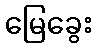
မြေခွေး